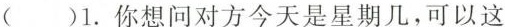
（）1.你想问对方今天是星期几,可以这